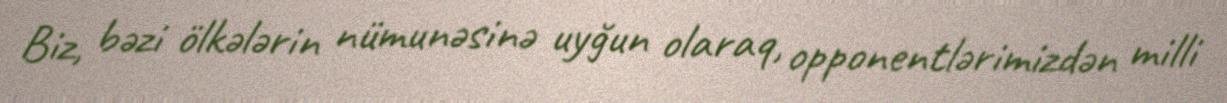
Biz, bəzi ölkələrin nümunəsinə uyğun olaraq, opponentlərimizdən milli